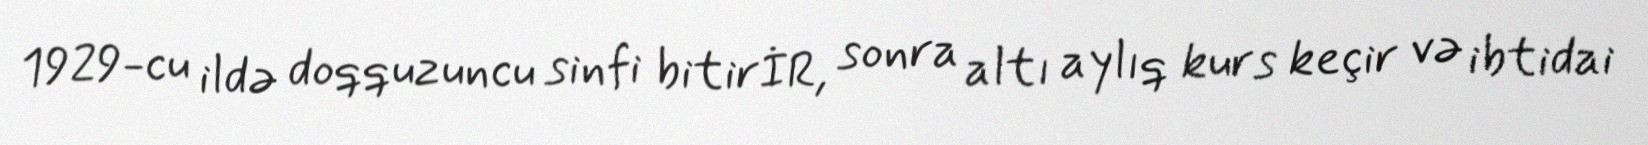
1929-cu ildə doqquzuncu sinfi bitirİR, sonra altı aylıq kurs keçir və ibtidai